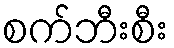
စက်ဘီးစီး